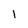
Character: i